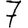
Digit: 7